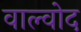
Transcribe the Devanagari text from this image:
वाल्वोद